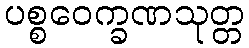
ပစ္စဝေက္ခဏသုတ္တ